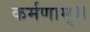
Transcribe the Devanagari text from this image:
कर्मणाम्।।